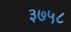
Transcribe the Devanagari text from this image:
३७५८